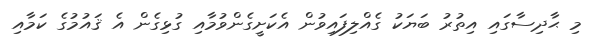
މި ޙާދިސާގައި އިތުރު ބަޔަކު ގެއްލިފައިވުން އެކަށީގެންވުމާއި ގުޅިގެން އެ ޤައުމުގެ ކަމާއި